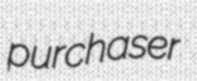
purchaser